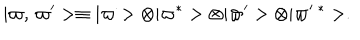
LaTeX: \vert \varpi , \, \varpi ^ { \prime } > \equiv \vert \varpi > \otimes \vert \varpi ^ { * } > \otimes \vert \varpi ^ { \prime } > \otimes \vert \varpi ^ { \prime } \, ^ { * } > .